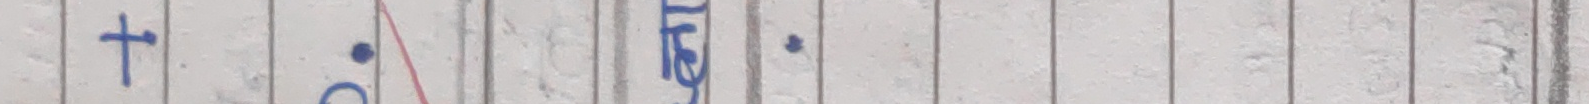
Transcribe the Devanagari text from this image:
टा.